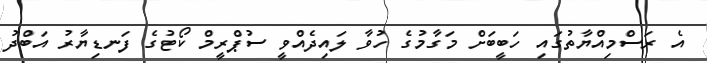
އެ ރަސްމިއްޔާތުގައި ހަބީބަށް މަގާމުގެ ހުވާ ލައިދެއްވީ ސުޕްރީމް ކޯޓުގެ ފަނޑިޔާރު އަބްދު